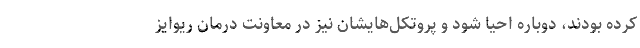
کرده بودند، دوباره احیا شود و پروتکل‌هایشان نیز در معاونت درمان ریوایز